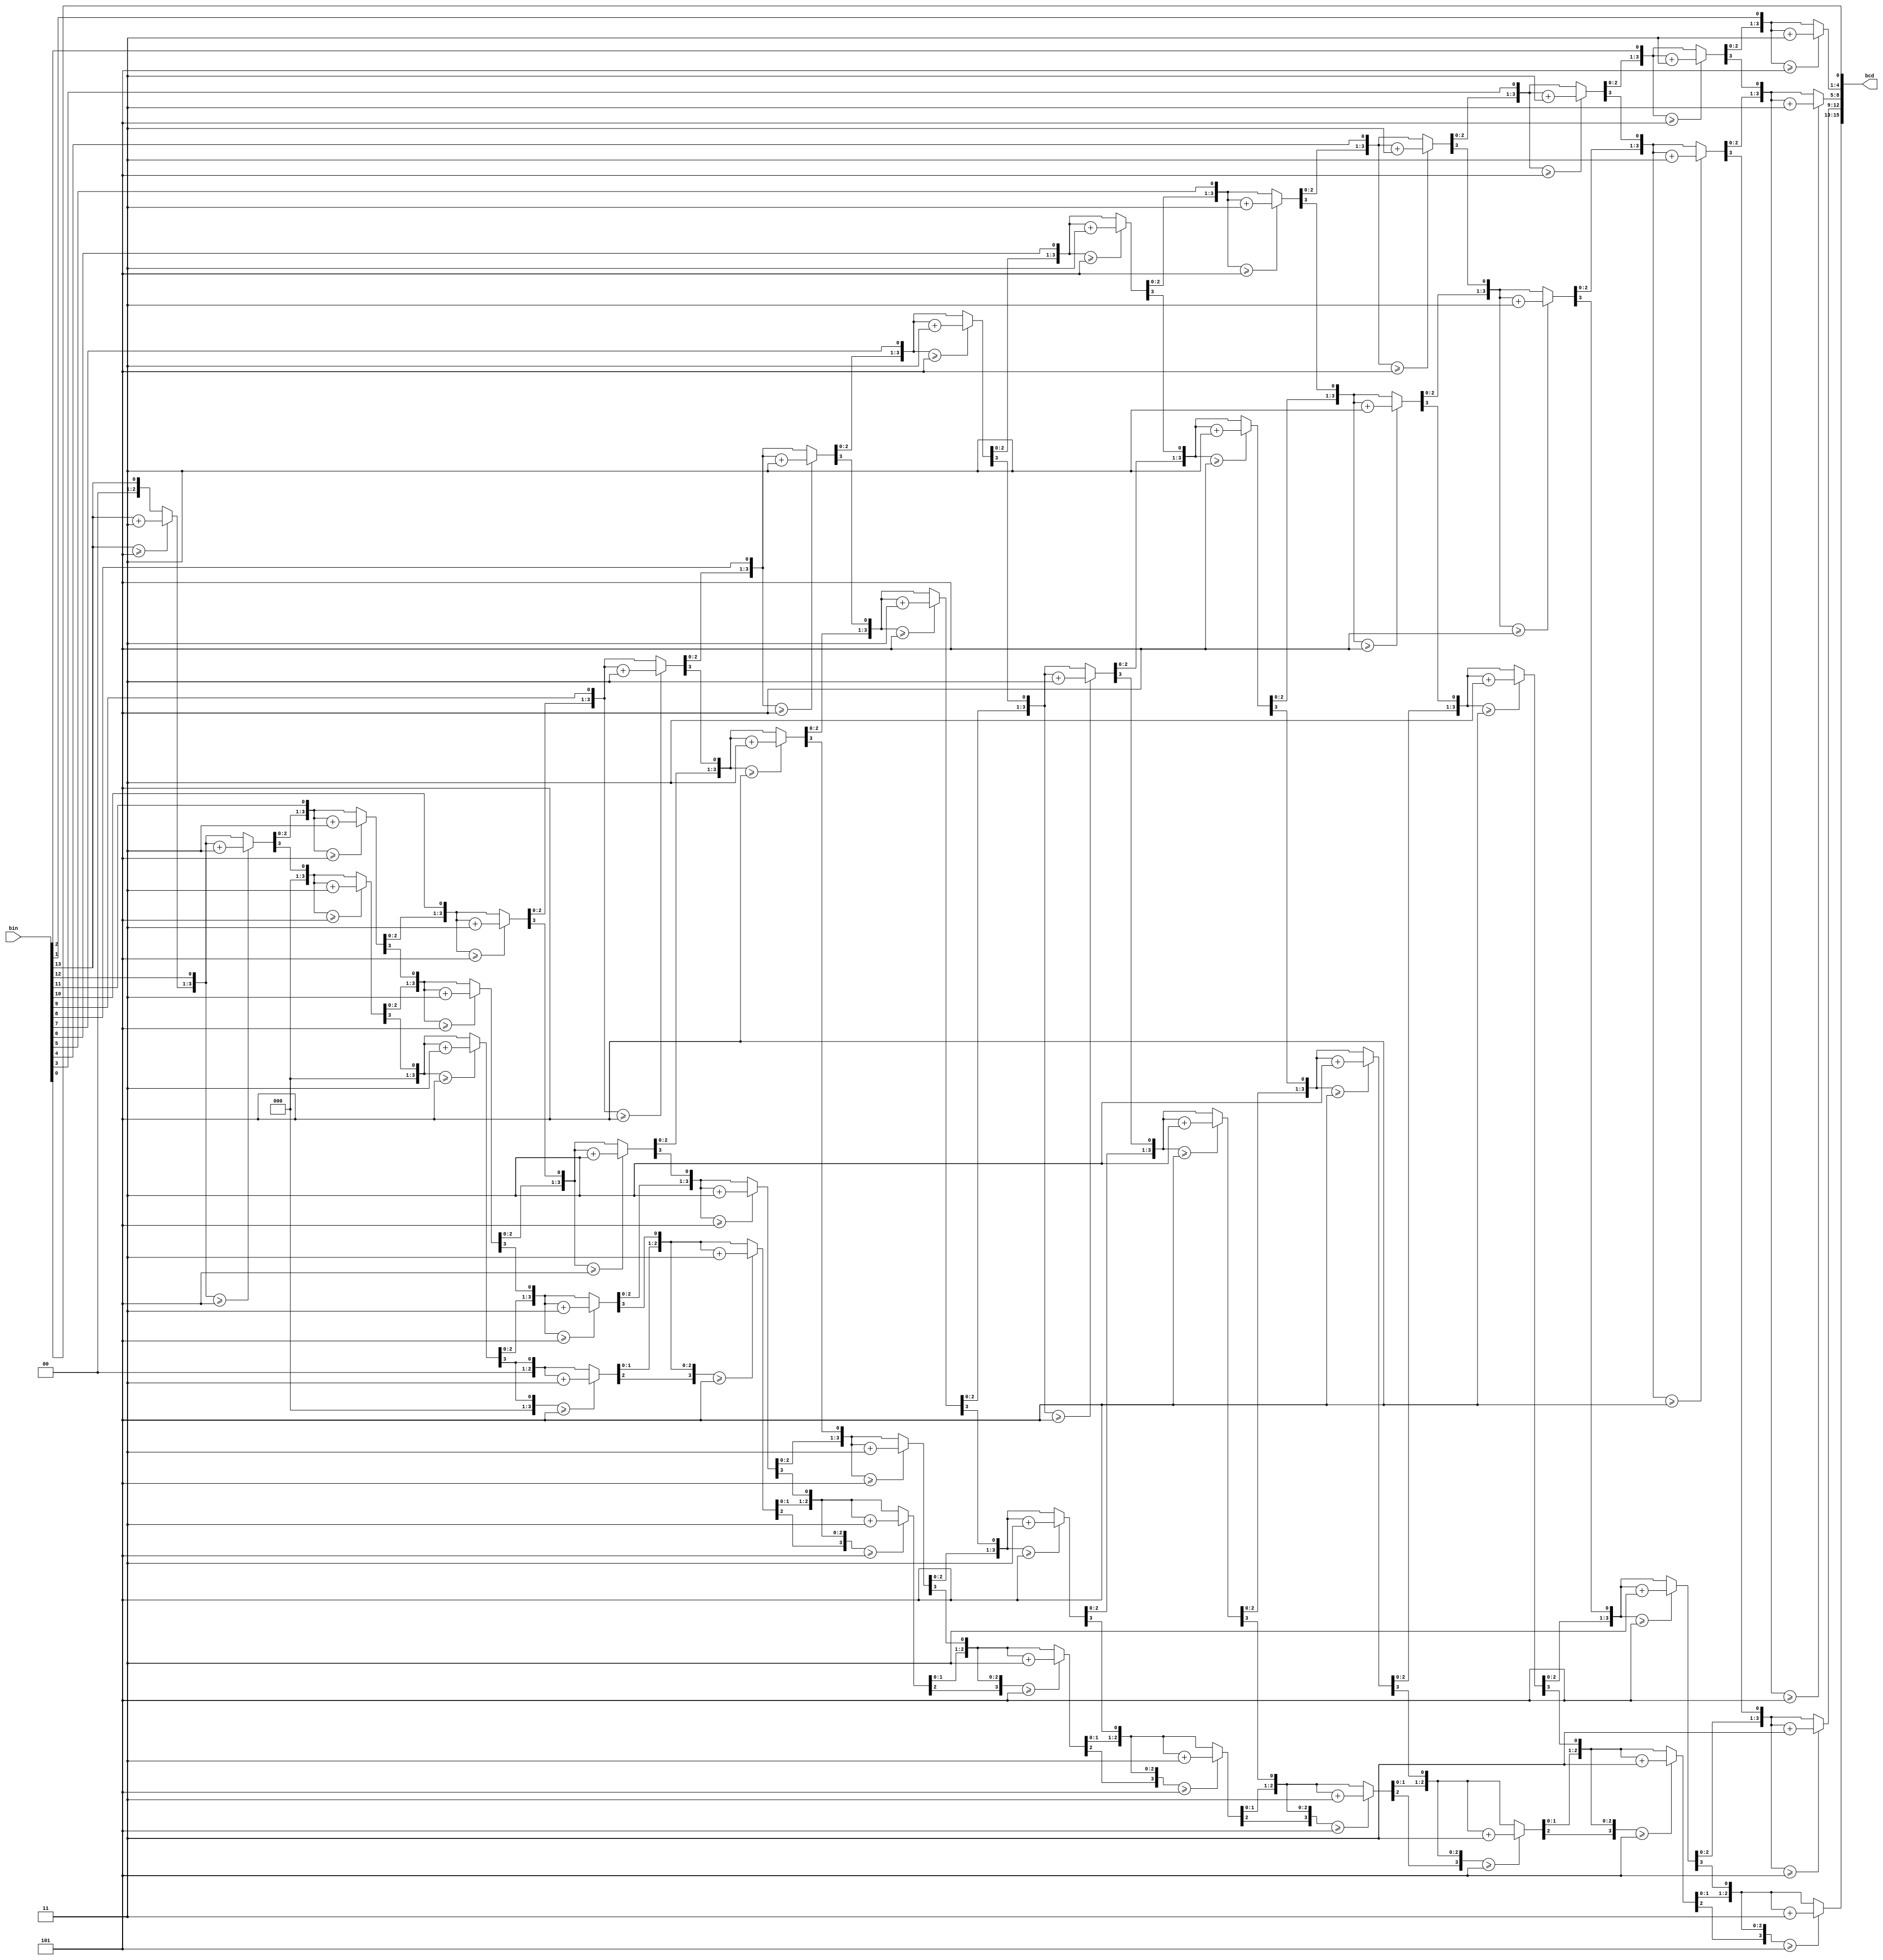
module bin_to_bcd(
   input [13:0] bin,
   output reg [15:0] bcd
   );
   
integer i;
	
always @(bin) begin
    bcd=0;		 	
    for (i=0;i<14;i=i+1) begin					//Iterate once for each bit in input number
        if (bcd[3:0] >= 5) bcd[3:0] = bcd[3:0] + 3;		//If any BCD digit is >= 5, add three
	if (bcd[7:4] >= 5) bcd[7:4] = bcd[7:4] + 3;
	if (bcd[11:8] >= 5) bcd[11:8] = bcd[11:8] + 3;
	if (bcd[15:12] >= 5) bcd[15:12] = bcd[15:12] + 3;
	bcd = {bcd[14:0],bin[13-i]};				//Shift one bit, and shift in proper bit from input 
    end
end
endmodule